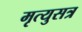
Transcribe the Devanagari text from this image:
मृत्युसत्र